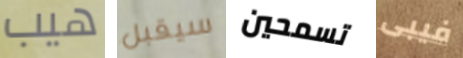
هيب سيقبل تسمحين فيبى